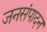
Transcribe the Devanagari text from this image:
जनसंपादन